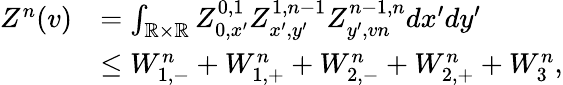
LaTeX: \begin{array}{rl}{Z^{n}(v)}&{=\int_{\mathbb{R}\times\mathbb{R}}Z_{0,x^{\prime}}^{0,1}Z_{x^{\prime},y^{\prime}}^{1,n-1}Z_{y^{\prime},vn}^{n-1,n}dx^{\prime}dy^{\prime}}\\ &{\le W_{1,-}^{n}+W_{1,+}^{n}+W_{2,-}^{n}+W_{2,+}^{n}+W_{3}^{n},}\end{array}